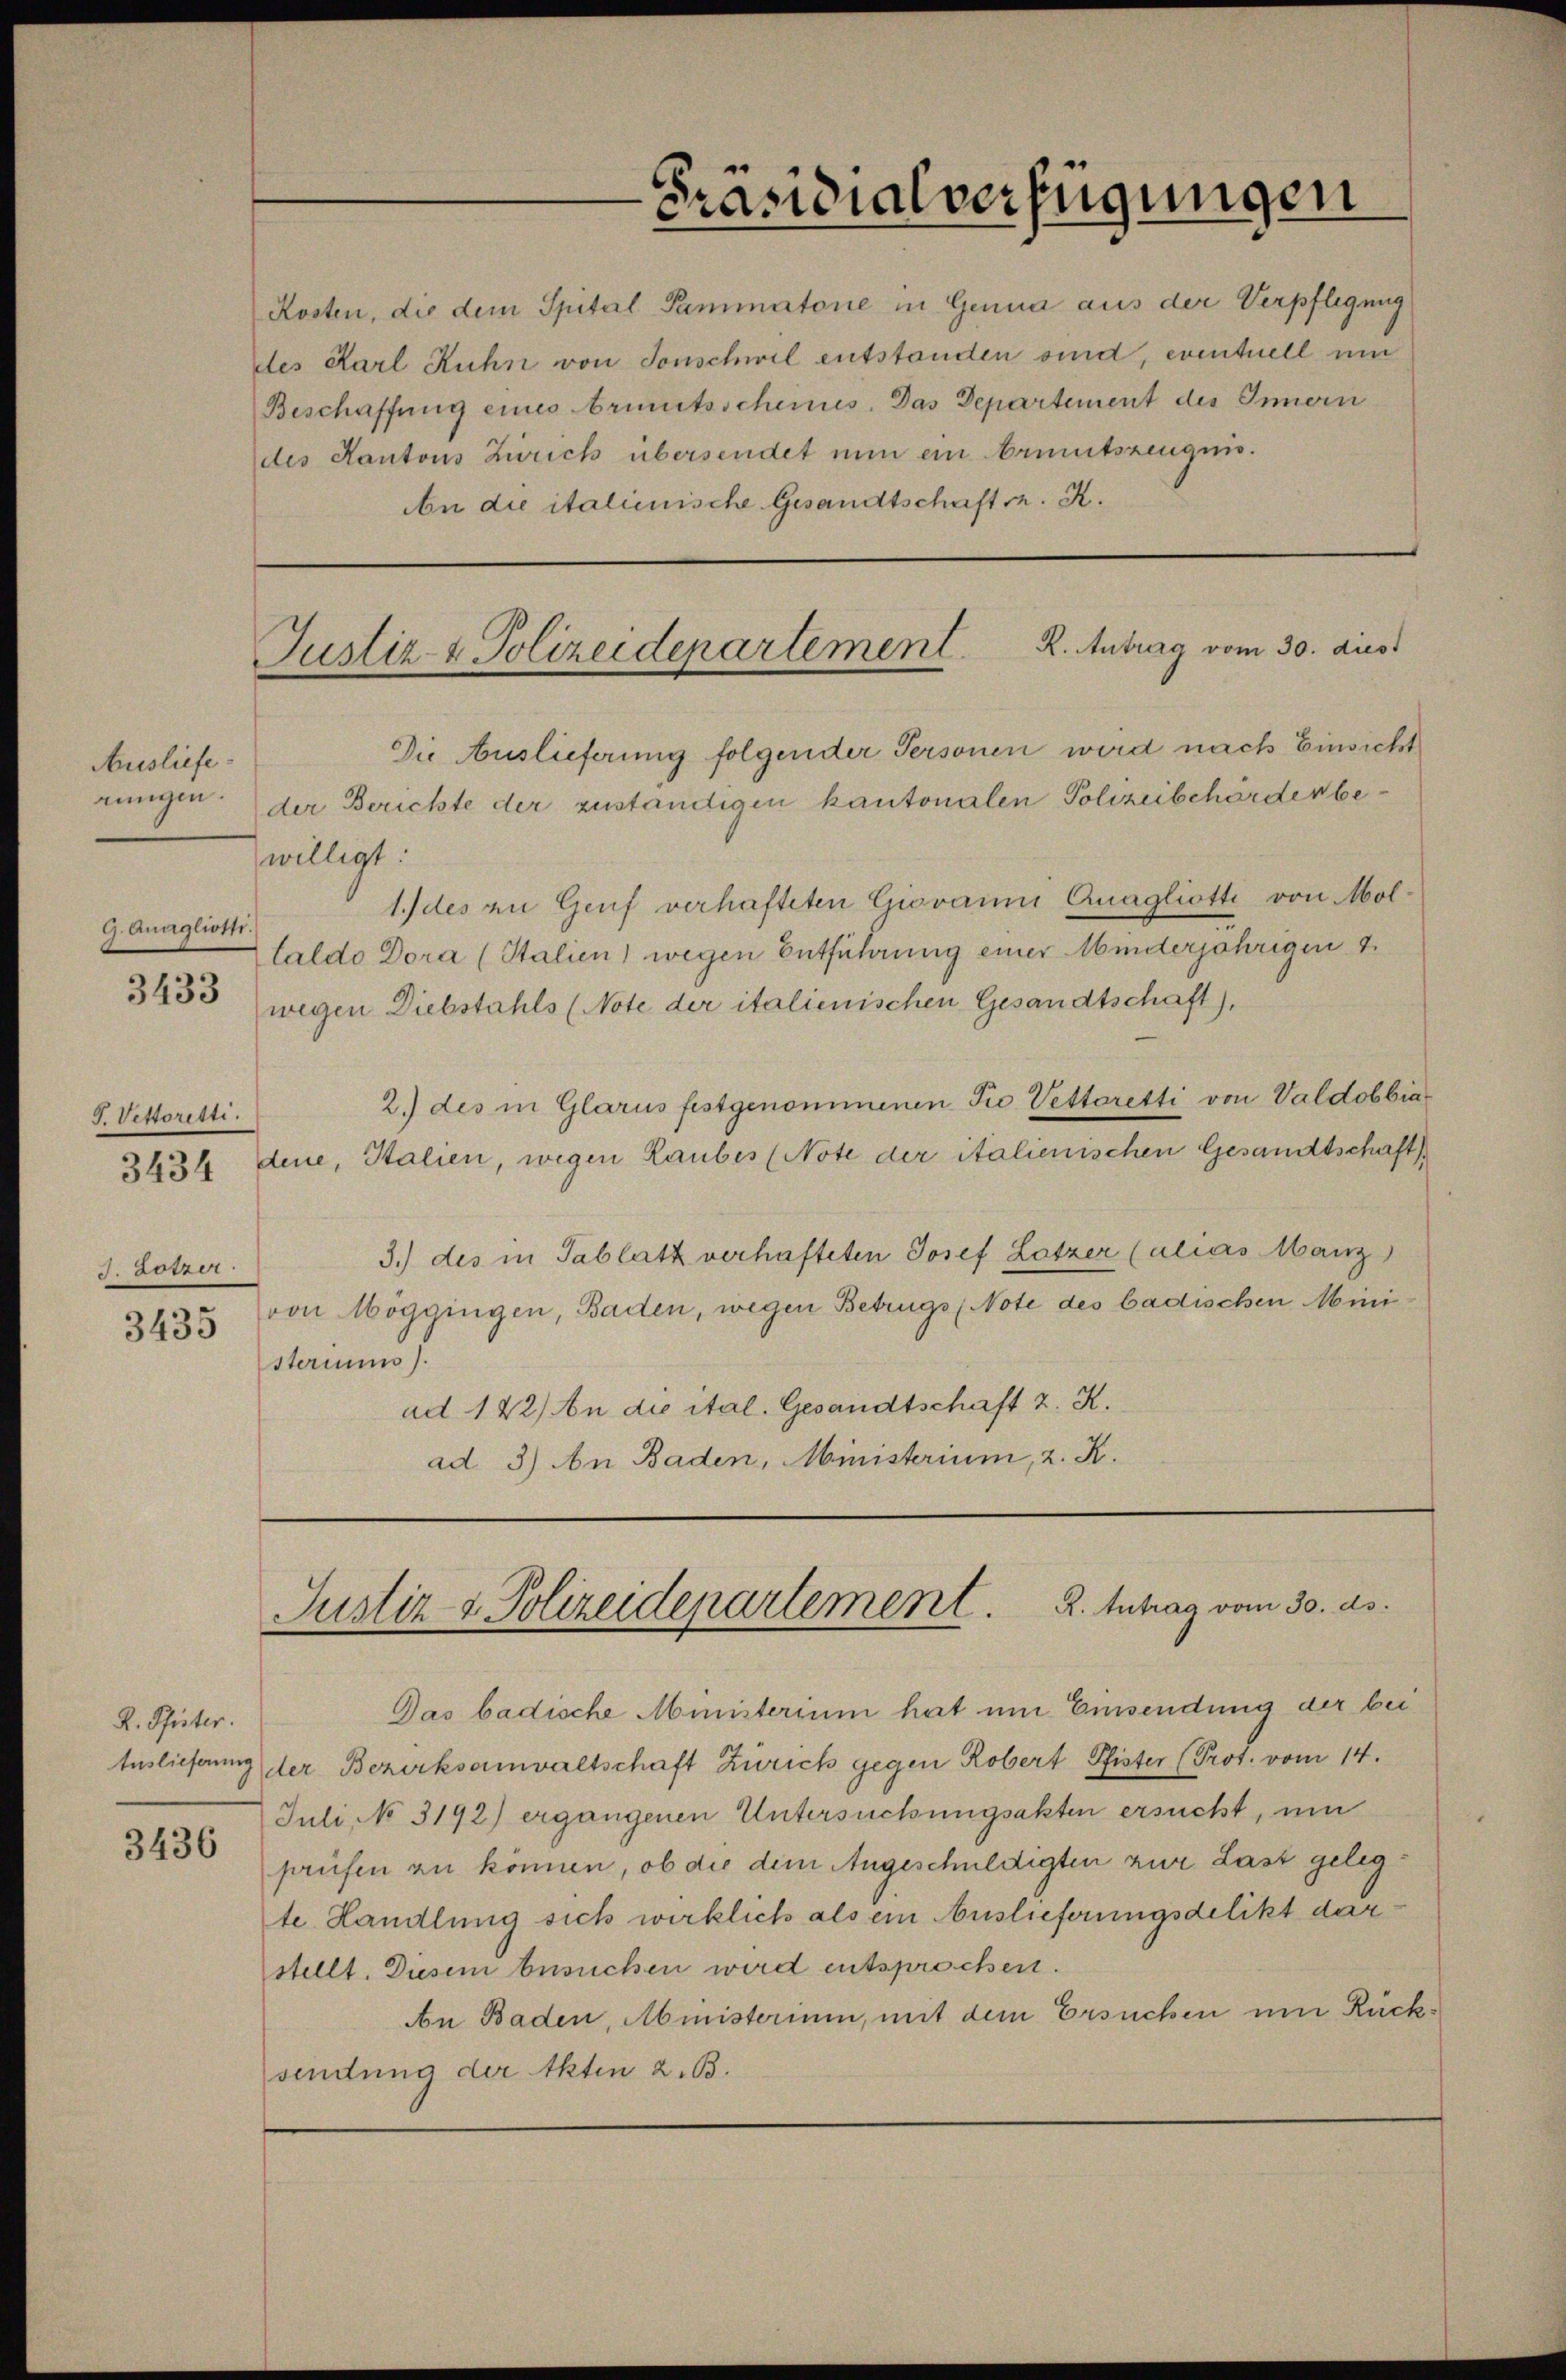
Ausliefe.
9. Auaglioth
3433

J. Vestoritti.
J. Zötzer

3435

D. Seiter.

3436

Kosten, die dem Spital Pammatone in Genua aus der Verpflegung
des Karl Ruhn von Sonschwil entstanden sind, eventuell um
Beschaffung eines bruntsscheines. Das Departement des Innern
des Kantons Zürich übersendet nun ein Armutszeugnis.
An die italienische Gesandtschaft v. R.

rungen. der Berichte der zuständigen kantonalen Polizeibehörden bewilligt:
1.) des zu Genf verhafteten Giovanni Quagliotti von Mol¬
Zlaldo Dora (Stalien) wegen Entführung einer Minderjährigen 4.
wegen Diebstahls (Note der italienischen Gesandtschaft),
2.) des in Glarus festgenommenen Pro Vettaretti von Valdobbia
2654 dene, Stalien, wegen Laubes (Note der italienischen Gesandtschaft,
3.) des in Tablatt verhafteten Josef Lotzer (alias Manz
von Möggingen, Baden, wegen Betrugs (Note des badischen Mini
sterium).
ad 122) An die ital. Gesandtschaft z. K.
ad 3) An Baden, Ministerium, 2. K.

Präsidialverfügungen

Justiz- & Polizeidepartement. R. Antrag vom 30. dies
Die Auslieferung folgender Personen wird nach Einsicht

Justiz & Polizeidepartement. K. Antrag vom 30. ds.

Das badische Ministerium hat um Einsendung der bei
Auslieferung der Bezirksanwaltschaft Zürich gegen Robert Pfister (Prot. vom 14.
Juli, No 3192) ergangenen Untersuchungsakten ersucht, um
prüfen zu können, ob die dem Angeschuldigten zur Last gelegte Handlung sich wirklich als ein Auslieferungsdelikt darstellt. Diesem besuchen wird entsprochen.
An Baden, Ministerium, mit dem Ersuchen um Rücksendung der Akten z. B.